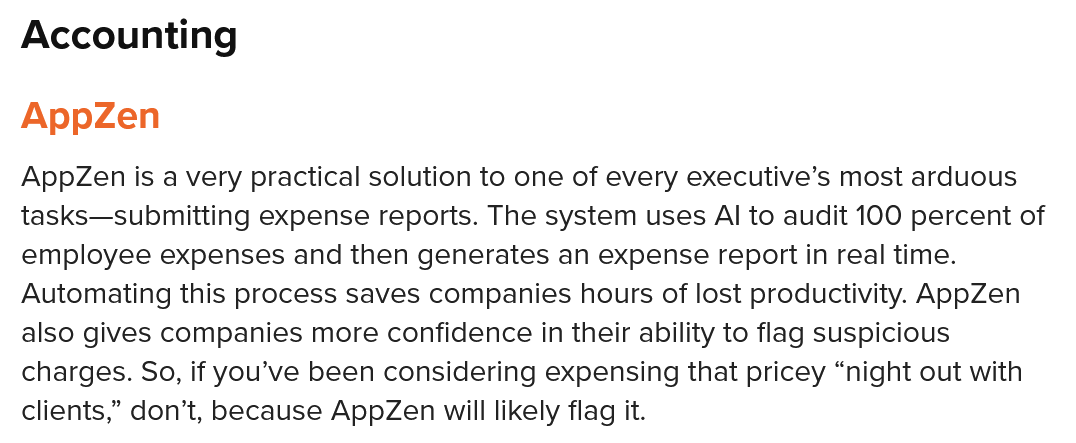
Accounting
  AppZen
  AppZen is a very practical solution to one of every executive’s most arduous
  tasks—submitting expense reports. The system uses Al to audit 100 percent of
  employee expenses and then generates an expense report in real time.
  Automating this process saves companies hours of lost productivity. AppZen
  also gives companies more confidence in their ability to flag suspicious
  charges. So, if you’ve been considering expensing that pricey “night out with
  clients,” don’t, because AppZen will likely flag it.